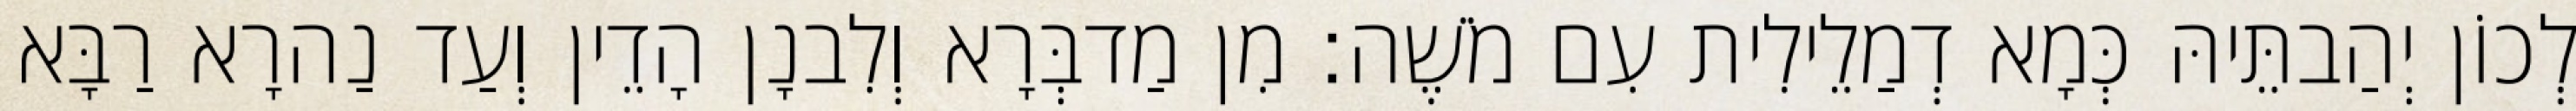
לְכוֹן יְהַבתֵּיהּ כְּמָא דְמַלֵילִית עִם מֹשֶׁה׃ מִן מַדבְּרָא וְלִבנָן הָדֵין וְעַד נַהרָא רַבָּא